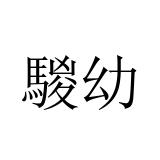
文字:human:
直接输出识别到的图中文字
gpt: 騣幼